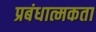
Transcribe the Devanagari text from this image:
प्रबंधात्मकता